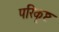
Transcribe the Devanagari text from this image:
परिकृष्ट